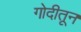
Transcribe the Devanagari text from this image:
गोदीतून